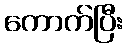
ကောက်ပြီး